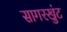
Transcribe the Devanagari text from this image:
सागरखुंट